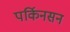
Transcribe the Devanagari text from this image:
पर्किनसन